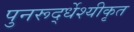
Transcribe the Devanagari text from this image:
पुनरूर्द्धेश्यीकृत